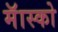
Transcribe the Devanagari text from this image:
मॅास्को